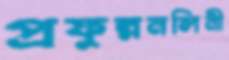
প্রফুল্লনলিনী